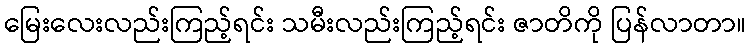
မြေးလေးလည်းကြည့်ရင်း သမီးလည်းကြည့်ရင်း ဇာတိကို ပြန်လာတာ။